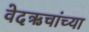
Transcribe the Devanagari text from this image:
वेदऋचांच्या